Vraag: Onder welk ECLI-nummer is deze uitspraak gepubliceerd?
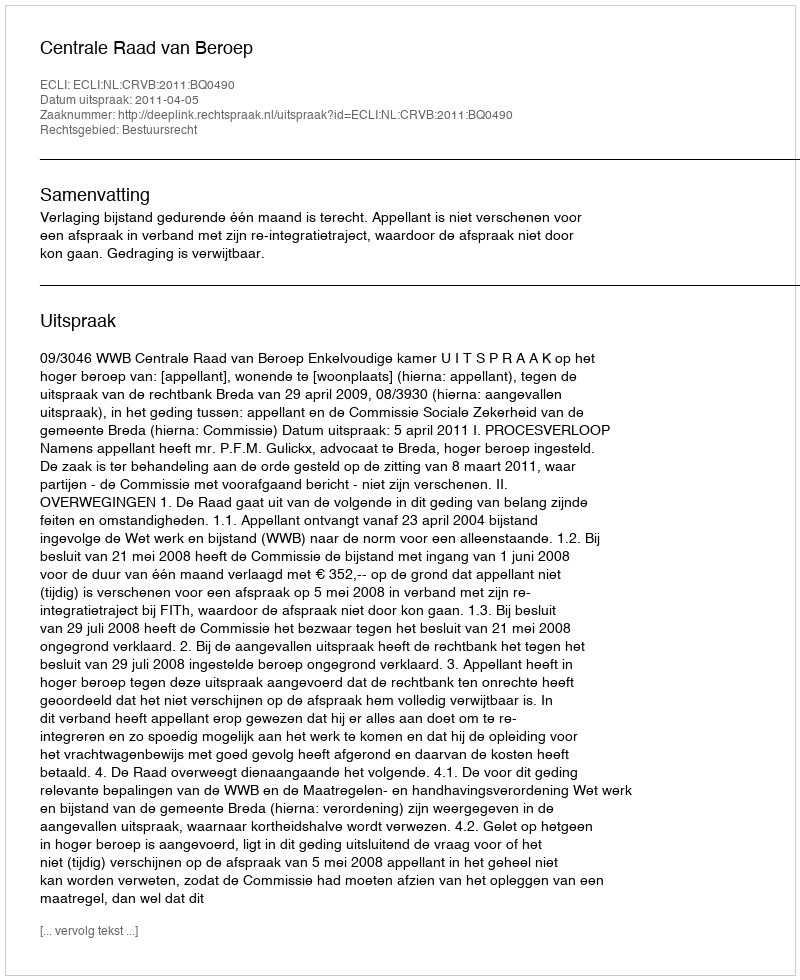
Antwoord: ECLI:NL:CRVB:2011:BQ0490